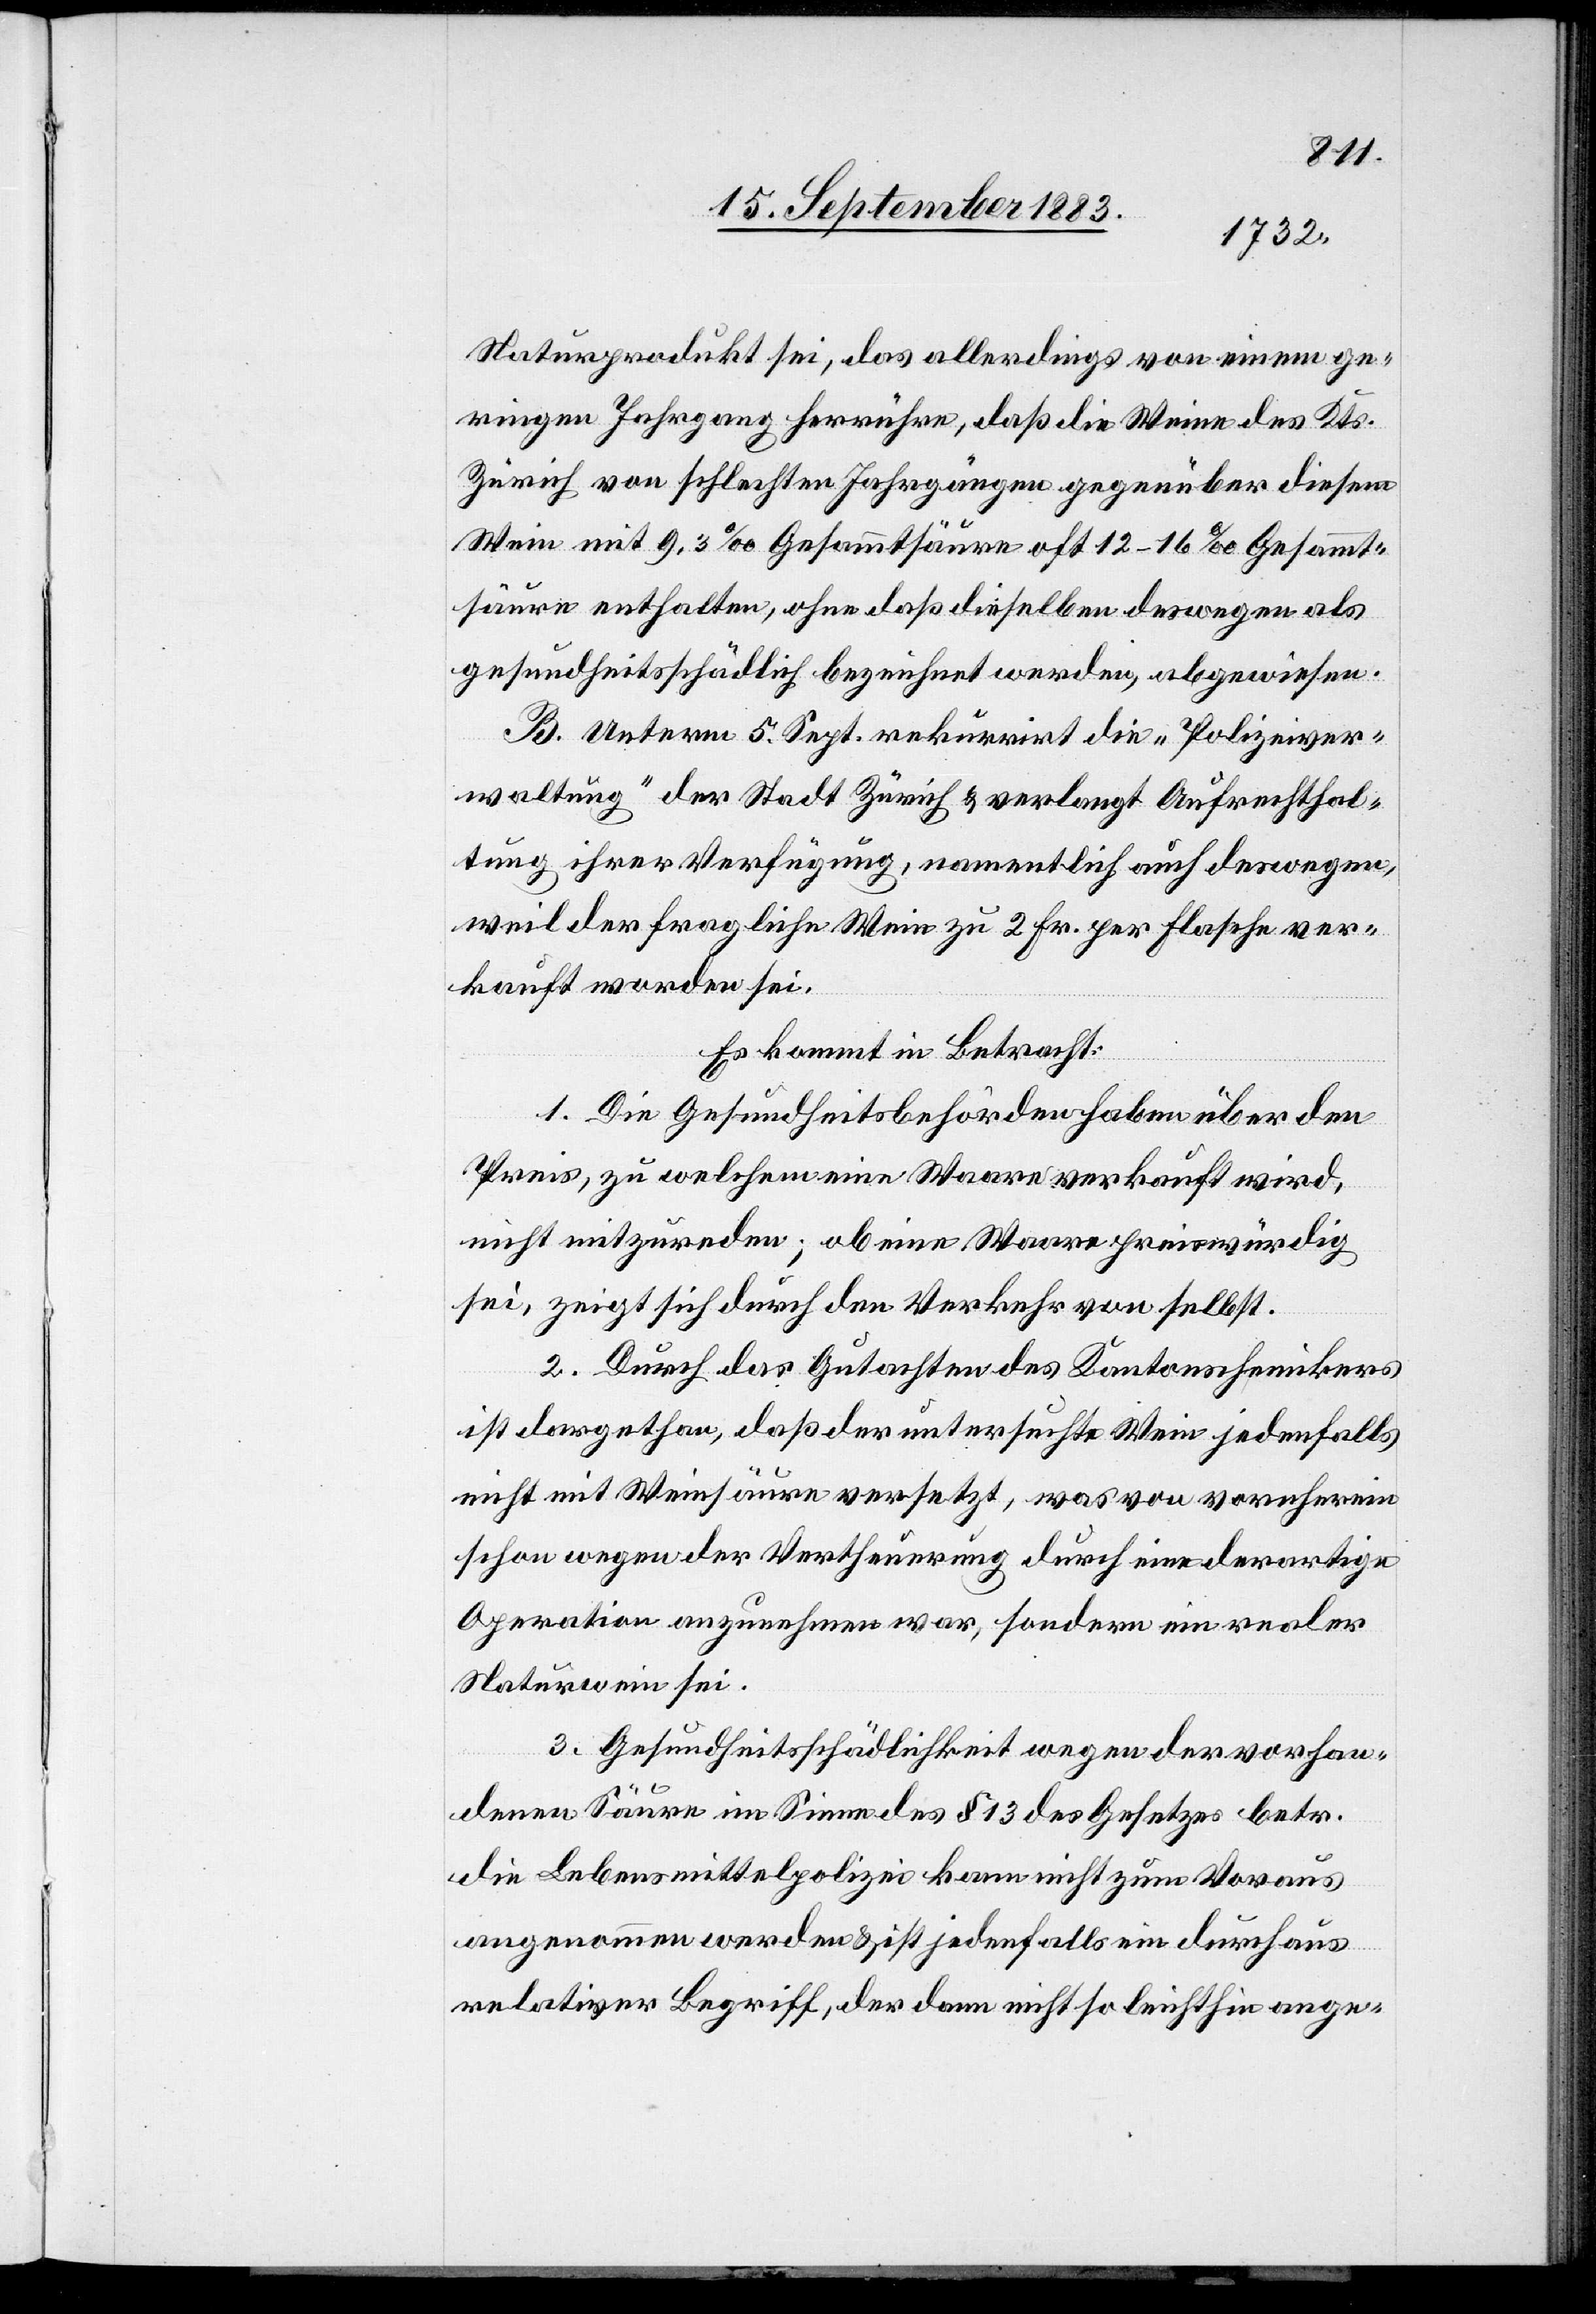
Naturprodukt sei, das allerdings von einem ge¬
ringen Jahrgang herrühre, daß die Weine des Kts.
Zürich von schlechten Jahrgängen gegenüber diesem
Wein mit 9,3% Gesammtsäure oft 12–13% Gesammt¬
säure enthalten, ohne daß dieselben deswegen als
gesundheitsschädlich bezeichnet werden, abgewiesen.
B. Unterm 5. Sept rekurrirt die „Polizeiver¬
waltung“ der Stadt Zürich & verlangt Aufrechthal¬
tung ihrer Verfügung, namentlich auch deswegen,
weil der fragliche Wein zu 2 Fr. per Flasche ver¬
kauft worden sei.
Es kommt in Betracht:
1. Die Gesundheitsbehörden haben über den
Preis, zu welchem eine Waare verkauft wird,
nicht mitzureden; ob eine Waare preiswürdig
sei, zeigt sich durch den Verkauf von selbst.
2. Durch das Gutachten des Kantonschemikers
ist dargethan, daß der untersuchte Wein jedenfalls
nicht mit Weinsäure versetzt, was von vornherein
schon wegen der Vertheuerung durch eine derartige
Operation anzunehmen war, sondern ein realer
Naturwein sei.
3. Gesundheitsschädlichkeit wegen der vorhan¬
denen Säure im Sinne des § 13 des Gesetzes betr.
die Lebensmittelpolizei kann nicht zum Voraus
angenommen werden & ist jedenfalls ein durchaus
relativer Begriff, der dann nicht so leichthin ange-